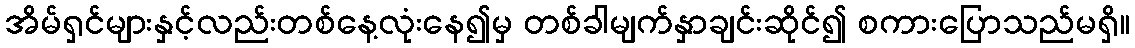
အိမ်ရှင်များနှင့်လည်းတစ်နေ့လုံးနေ၍မှ တစ်ခါမျက်နှာချင်းဆိုင်၍ စကားပြောသည်မရှိ။